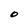
Character: O